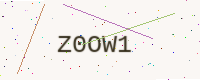
Text: Z0OW1